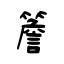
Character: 簷